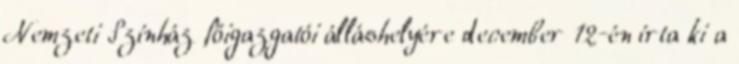
Nemzeti Színház főigazgatói álláshelyére december 12-én írta ki a